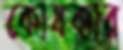
কোষকার